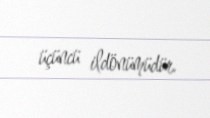
üçüncü ildönümüdür.